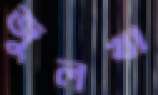
জুলখা